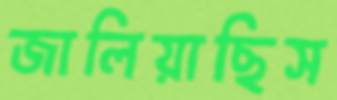
জালিয়াছিস